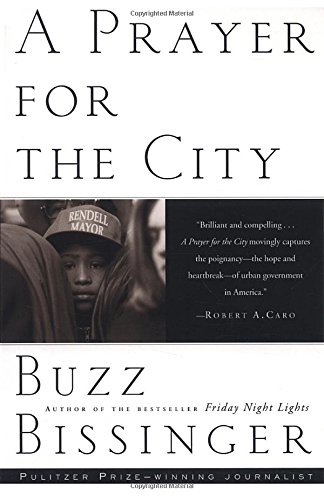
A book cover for A Prayer for the City; Buzz Bissinger; Politics & Social Sciences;